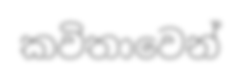
කවිතාවෙන්